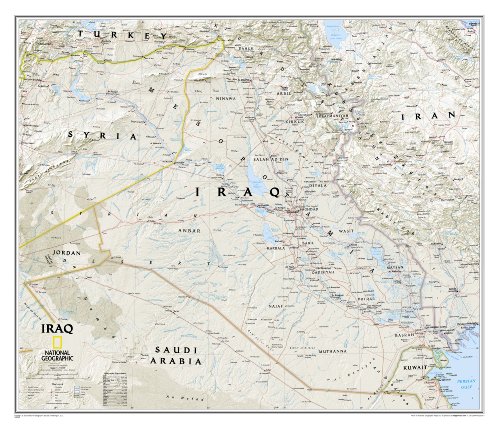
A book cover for Iraq Classic [Laminated] (National Geographic Reference Map); National Geographic Maps - Reference; Travel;